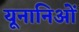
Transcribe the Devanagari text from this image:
यूनानिओं